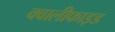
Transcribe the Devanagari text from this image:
क्वालीफाइड